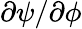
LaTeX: \partial\psi/\partial\phi